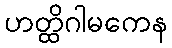
ဟတ္ထိဂါမကေန